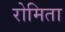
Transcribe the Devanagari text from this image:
रोमिता